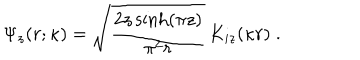
\Psi _ { z } ( r ; \kappa ) = \sqrt { \frac { 2 z \sinh ( \pi z ) } { \pi ^ { 2 } r } } \, K _ { i z } ( \kappa r ) \; .